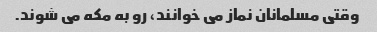
وقتی مسلمانان نماز می خوانند، رو به مکه می شوند.